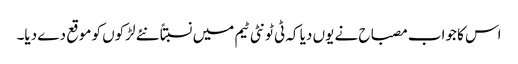
اس کا جواب مصباح نے یوں دیا کہ ٹی ٹونٹی ٹیم میں نسبتاً نئے لڑکوں کو موقع دے دیا۔